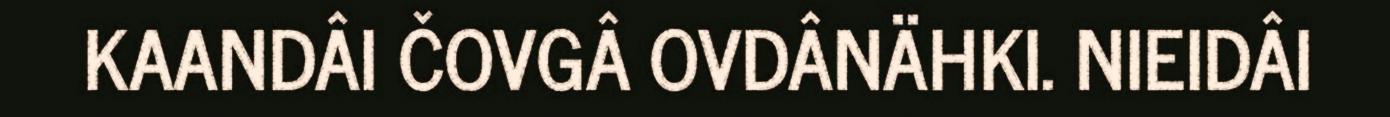
KAANDÂI ČOVGÂ OVDÂNÄHKI. NIEIDÂI